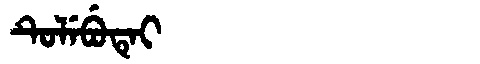
Manchu: ᡨᡠᠯᡝᠪᡠᡨᡝᡳ
Romanization: TULEBUTEI